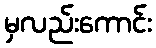
မှလည်းကောင်း